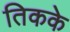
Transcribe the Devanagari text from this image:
तिकके